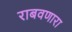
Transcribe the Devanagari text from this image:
राबवणारा